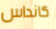
كانداس